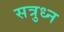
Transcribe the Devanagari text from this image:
सत्रुध्न